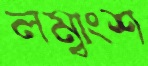
লম্বাংশ